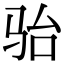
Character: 骀